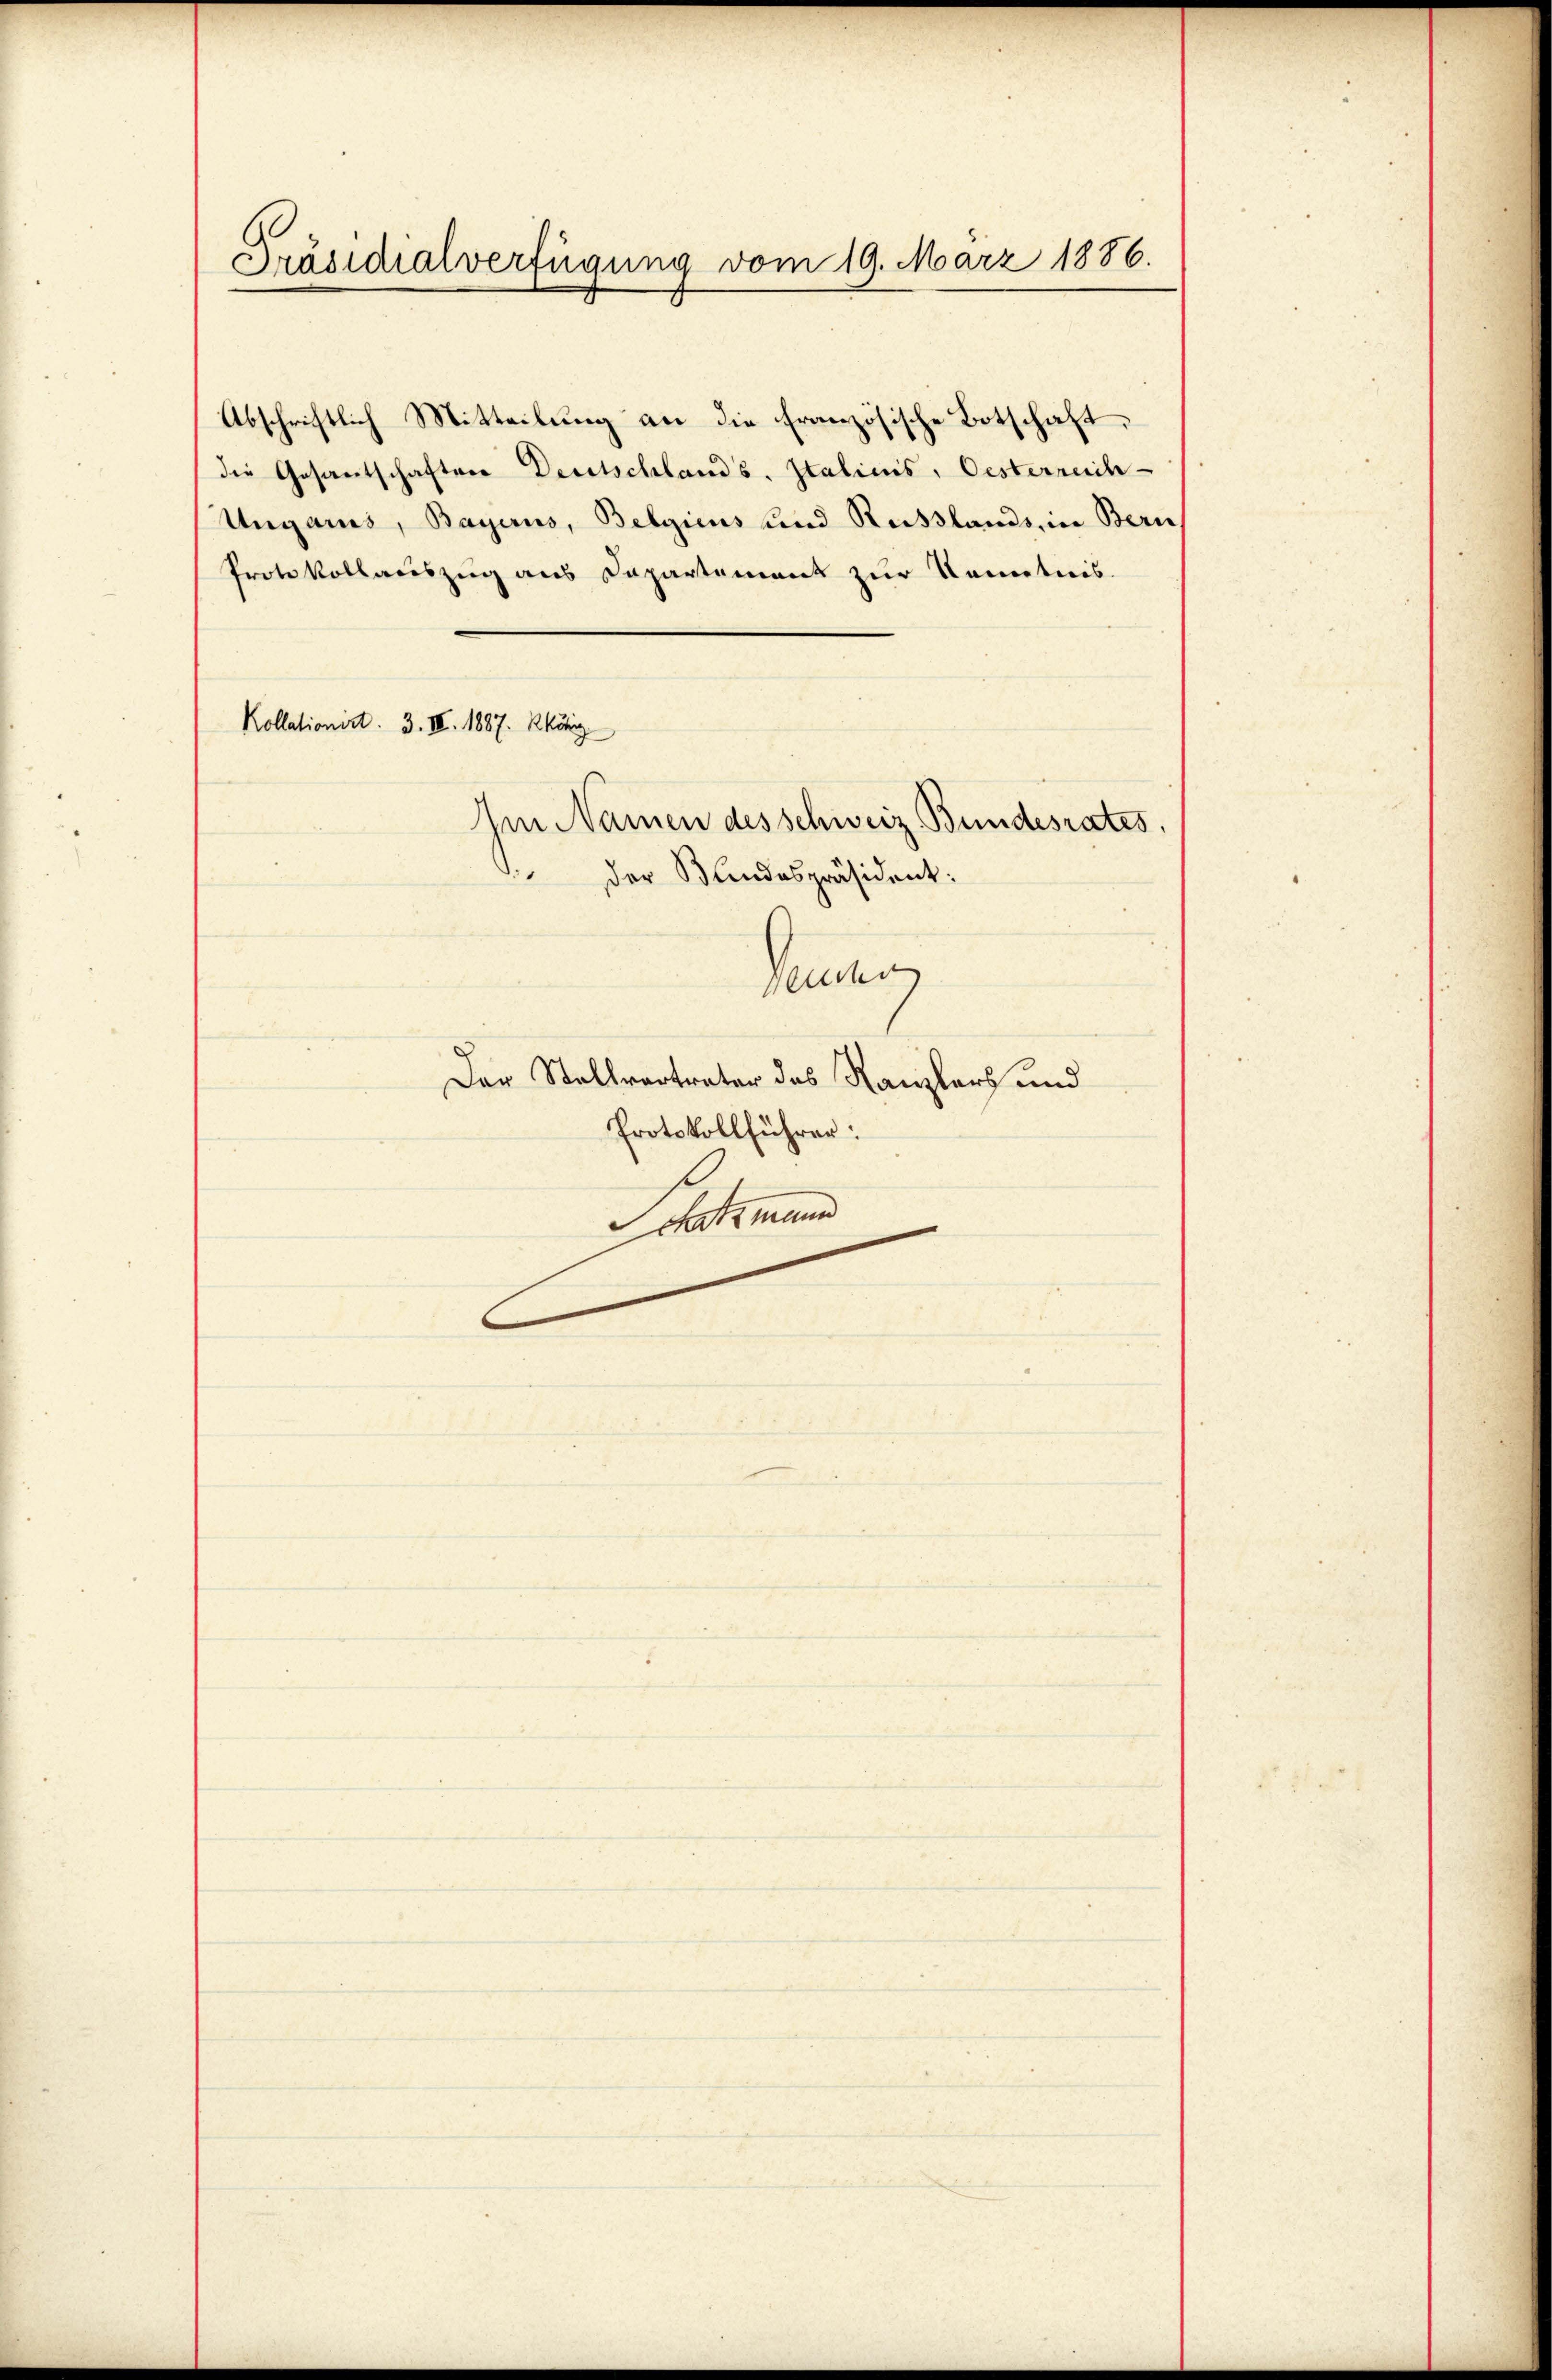
Präsidialverfügung vom 19. März 1886.

Abschriftlich Mitteilung an die Französische Botschaft,
die Gesantschaften Deutschlands, Italicis, Oesterreich-
Ungaris, Bayeris, Belgieus und Reisslands, in Bern
Protokollauszug aus Dapartement zur Kenntnis.
Kollationirt. 3. IV. 1887. König
Am Namen des schweiz. Bundesrates,
 Der Bundespräsident:
Seinen
Der Stellvertrater das Kanzlers und
Protokollführen:
Schott mund